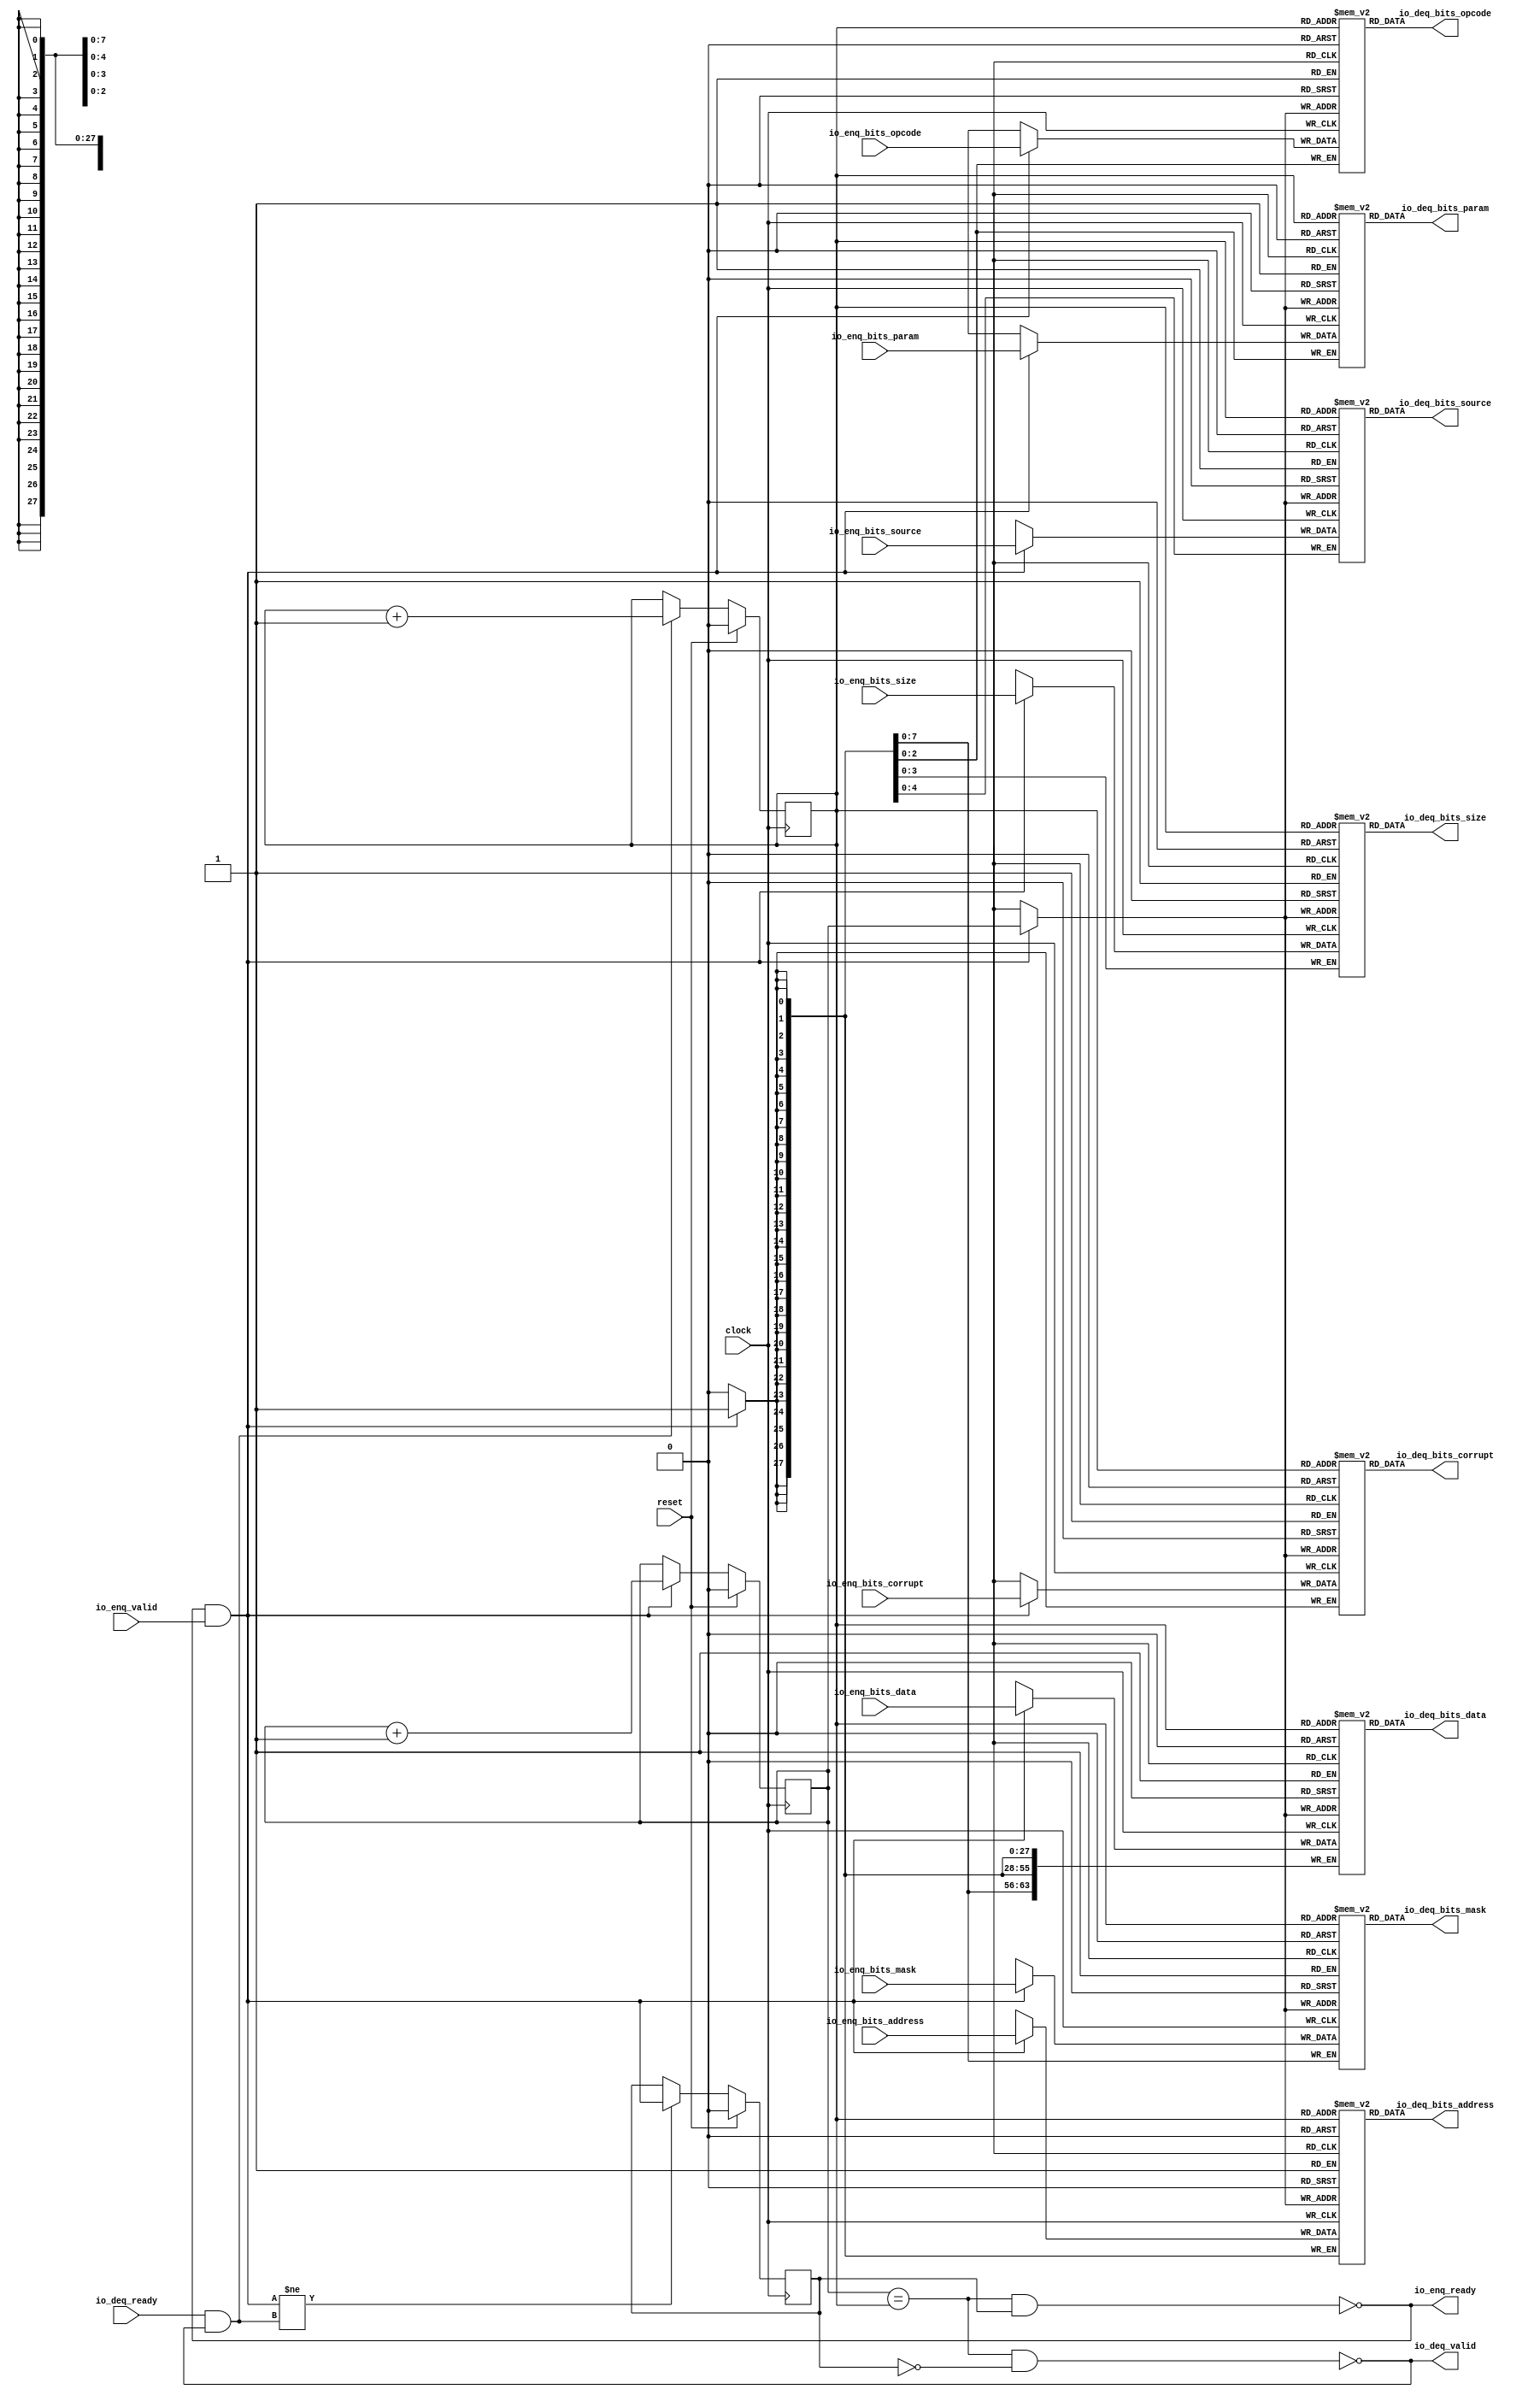
module Queue_21(
  input         clock,
  input         reset,
  output        io_enq_ready,
  input         io_enq_valid,
  input  [2:0]  io_enq_bits_opcode,
  input  [2:0]  io_enq_bits_param,
  input  [3:0]  io_enq_bits_size,
  input  [4:0]  io_enq_bits_source,
  input  [27:0] io_enq_bits_address,
  input  [7:0]  io_enq_bits_mask,
  input  [63:0] io_enq_bits_data,
  input         io_enq_bits_corrupt,
  input         io_deq_ready,
  output        io_deq_valid,
  output [2:0]  io_deq_bits_opcode,
  output [2:0]  io_deq_bits_param,
  output [3:0]  io_deq_bits_size,
  output [4:0]  io_deq_bits_source,
  output [27:0] io_deq_bits_address,
  output [7:0]  io_deq_bits_mask,
  output [63:0] io_deq_bits_data,
  output        io_deq_bits_corrupt
);
`ifdef RANDOMIZE_MEM_INIT
  reg [31:0] _RAND_0;
  reg [31:0] _RAND_1;
  reg [31:0] _RAND_2;
  reg [31:0] _RAND_3;
  reg [31:0] _RAND_4;
  reg [31:0] _RAND_5;
  reg [63:0] _RAND_6;
  reg [31:0] _RAND_7;
`endif // RANDOMIZE_MEM_INIT
`ifdef RANDOMIZE_REG_INIT
  reg [31:0] _RAND_8;
  reg [31:0] _RAND_9;
  reg [31:0] _RAND_10;
`endif // RANDOMIZE_REG_INIT
  reg [2:0] ram_opcode [0:1]; // @[Decoupled.scala 259:95]
  wire  ram_opcode_io_deq_bits_MPORT_en; // @[Decoupled.scala 259:95]
  wire  ram_opcode_io_deq_bits_MPORT_addr; // @[Decoupled.scala 259:95]
  wire [2:0] ram_opcode_io_deq_bits_MPORT_data; // @[Decoupled.scala 259:95]
  wire [2:0] ram_opcode_MPORT_data; // @[Decoupled.scala 259:95]
  wire  ram_opcode_MPORT_addr; // @[Decoupled.scala 259:95]
  wire  ram_opcode_MPORT_mask; // @[Decoupled.scala 259:95]
  wire  ram_opcode_MPORT_en; // @[Decoupled.scala 259:95]
  reg [2:0] ram_param [0:1]; // @[Decoupled.scala 259:95]
  wire  ram_param_io_deq_bits_MPORT_en; // @[Decoupled.scala 259:95]
  wire  ram_param_io_deq_bits_MPORT_addr; // @[Decoupled.scala 259:95]
  wire [2:0] ram_param_io_deq_bits_MPORT_data; // @[Decoupled.scala 259:95]
  wire [2:0] ram_param_MPORT_data; // @[Decoupled.scala 259:95]
  wire  ram_param_MPORT_addr; // @[Decoupled.scala 259:95]
  wire  ram_param_MPORT_mask; // @[Decoupled.scala 259:95]
  wire  ram_param_MPORT_en; // @[Decoupled.scala 259:95]
  reg [3:0] ram_size [0:1]; // @[Decoupled.scala 259:95]
  wire  ram_size_io_deq_bits_MPORT_en; // @[Decoupled.scala 259:95]
  wire  ram_size_io_deq_bits_MPORT_addr; // @[Decoupled.scala 259:95]
  wire [3:0] ram_size_io_deq_bits_MPORT_data; // @[Decoupled.scala 259:95]
  wire [3:0] ram_size_MPORT_data; // @[Decoupled.scala 259:95]
  wire  ram_size_MPORT_addr; // @[Decoupled.scala 259:95]
  wire  ram_size_MPORT_mask; // @[Decoupled.scala 259:95]
  wire  ram_size_MPORT_en; // @[Decoupled.scala 259:95]
  reg [4:0] ram_source [0:1]; // @[Decoupled.scala 259:95]
  wire  ram_source_io_deq_bits_MPORT_en; // @[Decoupled.scala 259:95]
  wire  ram_source_io_deq_bits_MPORT_addr; // @[Decoupled.scala 259:95]
  wire [4:0] ram_source_io_deq_bits_MPORT_data; // @[Decoupled.scala 259:95]
  wire [4:0] ram_source_MPORT_data; // @[Decoupled.scala 259:95]
  wire  ram_source_MPORT_addr; // @[Decoupled.scala 259:95]
  wire  ram_source_MPORT_mask; // @[Decoupled.scala 259:95]
  wire  ram_source_MPORT_en; // @[Decoupled.scala 259:95]
  reg [27:0] ram_address [0:1]; // @[Decoupled.scala 259:95]
  wire  ram_address_io_deq_bits_MPORT_en; // @[Decoupled.scala 259:95]
  wire  ram_address_io_deq_bits_MPORT_addr; // @[Decoupled.scala 259:95]
  wire [27:0] ram_address_io_deq_bits_MPORT_data; // @[Decoupled.scala 259:95]
  wire [27:0] ram_address_MPORT_data; // @[Decoupled.scala 259:95]
  wire  ram_address_MPORT_addr; // @[Decoupled.scala 259:95]
  wire  ram_address_MPORT_mask; // @[Decoupled.scala 259:95]
  wire  ram_address_MPORT_en; // @[Decoupled.scala 259:95]
  reg [7:0] ram_mask [0:1]; // @[Decoupled.scala 259:95]
  wire  ram_mask_io_deq_bits_MPORT_en; // @[Decoupled.scala 259:95]
  wire  ram_mask_io_deq_bits_MPORT_addr; // @[Decoupled.scala 259:95]
  wire [7:0] ram_mask_io_deq_bits_MPORT_data; // @[Decoupled.scala 259:95]
  wire [7:0] ram_mask_MPORT_data; // @[Decoupled.scala 259:95]
  wire  ram_mask_MPORT_addr; // @[Decoupled.scala 259:95]
  wire  ram_mask_MPORT_mask; // @[Decoupled.scala 259:95]
  wire  ram_mask_MPORT_en; // @[Decoupled.scala 259:95]
  reg [63:0] ram_data [0:1]; // @[Decoupled.scala 259:95]
  wire  ram_data_io_deq_bits_MPORT_en; // @[Decoupled.scala 259:95]
  wire  ram_data_io_deq_bits_MPORT_addr; // @[Decoupled.scala 259:95]
  wire [63:0] ram_data_io_deq_bits_MPORT_data; // @[Decoupled.scala 259:95]
  wire [63:0] ram_data_MPORT_data; // @[Decoupled.scala 259:95]
  wire  ram_data_MPORT_addr; // @[Decoupled.scala 259:95]
  wire  ram_data_MPORT_mask; // @[Decoupled.scala 259:95]
  wire  ram_data_MPORT_en; // @[Decoupled.scala 259:95]
  reg  ram_corrupt [0:1]; // @[Decoupled.scala 259:95]
  wire  ram_corrupt_io_deq_bits_MPORT_en; // @[Decoupled.scala 259:95]
  wire  ram_corrupt_io_deq_bits_MPORT_addr; // @[Decoupled.scala 259:95]
  wire  ram_corrupt_io_deq_bits_MPORT_data; // @[Decoupled.scala 259:95]
  wire  ram_corrupt_MPORT_data; // @[Decoupled.scala 259:95]
  wire  ram_corrupt_MPORT_addr; // @[Decoupled.scala 259:95]
  wire  ram_corrupt_MPORT_mask; // @[Decoupled.scala 259:95]
  wire  ram_corrupt_MPORT_en; // @[Decoupled.scala 259:95]
  reg  value; // @[Counter.scala 62:40]
  reg  value_1; // @[Counter.scala 62:40]
  reg  maybe_full; // @[Decoupled.scala 262:27]
  wire  ptr_match = value == value_1; // @[Decoupled.scala 263:33]
  wire  empty = ptr_match & ~maybe_full; // @[Decoupled.scala 264:25]
  wire  full = ptr_match & maybe_full; // @[Decoupled.scala 265:24]
  wire  do_enq = io_enq_ready & io_enq_valid; // @[Decoupled.scala 50:35]
  wire  do_deq = io_deq_ready & io_deq_valid; // @[Decoupled.scala 50:35]
  assign ram_opcode_io_deq_bits_MPORT_en = 1'h1;
  assign ram_opcode_io_deq_bits_MPORT_addr = value_1;
  assign ram_opcode_io_deq_bits_MPORT_data = ram_opcode[ram_opcode_io_deq_bits_MPORT_addr]; // @[Decoupled.scala 259:95]
  assign ram_opcode_MPORT_data = io_enq_bits_opcode;
  assign ram_opcode_MPORT_addr = value;
  assign ram_opcode_MPORT_mask = 1'h1;
  assign ram_opcode_MPORT_en = io_enq_ready & io_enq_valid;
  assign ram_param_io_deq_bits_MPORT_en = 1'h1;
  assign ram_param_io_deq_bits_MPORT_addr = value_1;
  assign ram_param_io_deq_bits_MPORT_data = ram_param[ram_param_io_deq_bits_MPORT_addr]; // @[Decoupled.scala 259:95]
  assign ram_param_MPORT_data = io_enq_bits_param;
  assign ram_param_MPORT_addr = value;
  assign ram_param_MPORT_mask = 1'h1;
  assign ram_param_MPORT_en = io_enq_ready & io_enq_valid;
  assign ram_size_io_deq_bits_MPORT_en = 1'h1;
  assign ram_size_io_deq_bits_MPORT_addr = value_1;
  assign ram_size_io_deq_bits_MPORT_data = ram_size[ram_size_io_deq_bits_MPORT_addr]; // @[Decoupled.scala 259:95]
  assign ram_size_MPORT_data = io_enq_bits_size;
  assign ram_size_MPORT_addr = value;
  assign ram_size_MPORT_mask = 1'h1;
  assign ram_size_MPORT_en = io_enq_ready & io_enq_valid;
  assign ram_source_io_deq_bits_MPORT_en = 1'h1;
  assign ram_source_io_deq_bits_MPORT_addr = value_1;
  assign ram_source_io_deq_bits_MPORT_data = ram_source[ram_source_io_deq_bits_MPORT_addr]; // @[Decoupled.scala 259:95]
  assign ram_source_MPORT_data = io_enq_bits_source;
  assign ram_source_MPORT_addr = value;
  assign ram_source_MPORT_mask = 1'h1;
  assign ram_source_MPORT_en = io_enq_ready & io_enq_valid;
  assign ram_address_io_deq_bits_MPORT_en = 1'h1;
  assign ram_address_io_deq_bits_MPORT_addr = value_1;
  assign ram_address_io_deq_bits_MPORT_data = ram_address[ram_address_io_deq_bits_MPORT_addr]; // @[Decoupled.scala 259:95]
  assign ram_address_MPORT_data = io_enq_bits_address;
  assign ram_address_MPORT_addr = value;
  assign ram_address_MPORT_mask = 1'h1;
  assign ram_address_MPORT_en = io_enq_ready & io_enq_valid;
  assign ram_mask_io_deq_bits_MPORT_en = 1'h1;
  assign ram_mask_io_deq_bits_MPORT_addr = value_1;
  assign ram_mask_io_deq_bits_MPORT_data = ram_mask[ram_mask_io_deq_bits_MPORT_addr]; // @[Decoupled.scala 259:95]
  assign ram_mask_MPORT_data = io_enq_bits_mask;
  assign ram_mask_MPORT_addr = value;
  assign ram_mask_MPORT_mask = 1'h1;
  assign ram_mask_MPORT_en = io_enq_ready & io_enq_valid;
  assign ram_data_io_deq_bits_MPORT_en = 1'h1;
  assign ram_data_io_deq_bits_MPORT_addr = value_1;
  assign ram_data_io_deq_bits_MPORT_data = ram_data[ram_data_io_deq_bits_MPORT_addr]; // @[Decoupled.scala 259:95]
  assign ram_data_MPORT_data = io_enq_bits_data;
  assign ram_data_MPORT_addr = value;
  assign ram_data_MPORT_mask = 1'h1;
  assign ram_data_MPORT_en = io_enq_ready & io_enq_valid;
  assign ram_corrupt_io_deq_bits_MPORT_en = 1'h1;
  assign ram_corrupt_io_deq_bits_MPORT_addr = value_1;
  assign ram_corrupt_io_deq_bits_MPORT_data = ram_corrupt[ram_corrupt_io_deq_bits_MPORT_addr]; // @[Decoupled.scala 259:95]
  assign ram_corrupt_MPORT_data = io_enq_bits_corrupt;
  assign ram_corrupt_MPORT_addr = value;
  assign ram_corrupt_MPORT_mask = 1'h1;
  assign ram_corrupt_MPORT_en = io_enq_ready & io_enq_valid;
  assign io_enq_ready = ~full; // @[Decoupled.scala 289:19]
  assign io_deq_valid = ~empty; // @[Decoupled.scala 288:19]
  assign io_deq_bits_opcode = ram_opcode_io_deq_bits_MPORT_data; // @[Decoupled.scala 296:17]
  assign io_deq_bits_param = ram_param_io_deq_bits_MPORT_data; // @[Decoupled.scala 296:17]
  assign io_deq_bits_size = ram_size_io_deq_bits_MPORT_data; // @[Decoupled.scala 296:17]
  assign io_deq_bits_source = ram_source_io_deq_bits_MPORT_data; // @[Decoupled.scala 296:17]
  assign io_deq_bits_address = ram_address_io_deq_bits_MPORT_data; // @[Decoupled.scala 296:17]
  assign io_deq_bits_mask = ram_mask_io_deq_bits_MPORT_data; // @[Decoupled.scala 296:17]
  assign io_deq_bits_data = ram_data_io_deq_bits_MPORT_data; // @[Decoupled.scala 296:17]
  assign io_deq_bits_corrupt = ram_corrupt_io_deq_bits_MPORT_data; // @[Decoupled.scala 296:17]
  always @(posedge clock) begin
    if (ram_opcode_MPORT_en & ram_opcode_MPORT_mask) begin
      ram_opcode[ram_opcode_MPORT_addr] <= ram_opcode_MPORT_data; // @[Decoupled.scala 259:95]
    end
    if (ram_param_MPORT_en & ram_param_MPORT_mask) begin
      ram_param[ram_param_MPORT_addr] <= ram_param_MPORT_data; // @[Decoupled.scala 259:95]
    end
    if (ram_size_MPORT_en & ram_size_MPORT_mask) begin
      ram_size[ram_size_MPORT_addr] <= ram_size_MPORT_data; // @[Decoupled.scala 259:95]
    end
    if (ram_source_MPORT_en & ram_source_MPORT_mask) begin
      ram_source[ram_source_MPORT_addr] <= ram_source_MPORT_data; // @[Decoupled.scala 259:95]
    end
    if (ram_address_MPORT_en & ram_address_MPORT_mask) begin
      ram_address[ram_address_MPORT_addr] <= ram_address_MPORT_data; // @[Decoupled.scala 259:95]
    end
    if (ram_mask_MPORT_en & ram_mask_MPORT_mask) begin
      ram_mask[ram_mask_MPORT_addr] <= ram_mask_MPORT_data; // @[Decoupled.scala 259:95]
    end
    if (ram_data_MPORT_en & ram_data_MPORT_mask) begin
      ram_data[ram_data_MPORT_addr] <= ram_data_MPORT_data; // @[Decoupled.scala 259:95]
    end
    if (ram_corrupt_MPORT_en & ram_corrupt_MPORT_mask) begin
      ram_corrupt[ram_corrupt_MPORT_addr] <= ram_corrupt_MPORT_data; // @[Decoupled.scala 259:95]
    end
    if (reset) begin // @[Counter.scala 62:40]
      value <= 1'h0; // @[Counter.scala 62:40]
    end else if (do_enq) begin // @[Decoupled.scala 272:16]
      value <= value + 1'h1; // @[Counter.scala 78:15]
    end
    if (reset) begin // @[Counter.scala 62:40]
      value_1 <= 1'h0; // @[Counter.scala 62:40]
    end else if (do_deq) begin // @[Decoupled.scala 276:16]
      value_1 <= value_1 + 1'h1; // @[Counter.scala 78:15]
    end
    if (reset) begin // @[Decoupled.scala 262:27]
      maybe_full <= 1'h0; // @[Decoupled.scala 262:27]
    end else if (do_enq != do_deq) begin // @[Decoupled.scala 279:27]
      maybe_full <= do_enq; // @[Decoupled.scala 280:16]
    end
  end
// Register and memory initialization
`ifdef RANDOMIZE_GARBAGE_ASSIGN
`define RANDOMIZE
`endif
`ifdef RANDOMIZE_INVALID_ASSIGN
`define RANDOMIZE
`endif
`ifdef RANDOMIZE_REG_INIT
`define RANDOMIZE
`endif
`ifdef RANDOMIZE_MEM_INIT
`define RANDOMIZE
`endif
`ifndef RANDOM
`define RANDOM $random
`endif
`ifdef RANDOMIZE_MEM_INIT
  integer initvar;
`endif
`ifndef SYNTHESIS
`ifdef FIRRTL_BEFORE_INITIAL
`FIRRTL_BEFORE_INITIAL
`endif
initial begin
  `ifdef RANDOMIZE
    `ifdef INIT_RANDOM
      `INIT_RANDOM
    `endif
    `ifndef VERILATOR
      `ifdef RANDOMIZE_DELAY
        #`RANDOMIZE_DELAY begin end
      `else
        #0.002 begin end
      `endif
    `endif
`ifdef RANDOMIZE_MEM_INIT
  _RAND_0 = {1{`RANDOM}};
  for (initvar = 0; initvar < 2; initvar = initvar+1)
    ram_opcode[initvar] = _RAND_0[2:0];
  _RAND_1 = {1{`RANDOM}};
  for (initvar = 0; initvar < 2; initvar = initvar+1)
    ram_param[initvar] = _RAND_1[2:0];
  _RAND_2 = {1{`RANDOM}};
  for (initvar = 0; initvar < 2; initvar = initvar+1)
    ram_size[initvar] = _RAND_2[3:0];
  _RAND_3 = {1{`RANDOM}};
  for (initvar = 0; initvar < 2; initvar = initvar+1)
    ram_source[initvar] = _RAND_3[4:0];
  _RAND_4 = {1{`RANDOM}};
  for (initvar = 0; initvar < 2; initvar = initvar+1)
    ram_address[initvar] = _RAND_4[27:0];
  _RAND_5 = {1{`RANDOM}};
  for (initvar = 0; initvar < 2; initvar = initvar+1)
    ram_mask[initvar] = _RAND_5[7:0];
  _RAND_6 = {2{`RANDOM}};
  for (initvar = 0; initvar < 2; initvar = initvar+1)
    ram_data[initvar] = _RAND_6[63:0];
  _RAND_7 = {1{`RANDOM}};
  for (initvar = 0; initvar < 2; initvar = initvar+1)
    ram_corrupt[initvar] = _RAND_7[0:0];
`endif // RANDOMIZE_MEM_INIT
`ifdef RANDOMIZE_REG_INIT
  _RAND_8 = {1{`RANDOM}};
  value = _RAND_8[0:0];
  _RAND_9 = {1{`RANDOM}};
  value_1 = _RAND_9[0:0];
  _RAND_10 = {1{`RANDOM}};
  maybe_full = _RAND_10[0:0];
`endif // RANDOMIZE_REG_INIT
  `endif // RANDOMIZE
end // initial
`ifdef FIRRTL_AFTER_INITIAL
`FIRRTL_AFTER_INITIAL
`endif
`endif // SYNTHESIS
endmodule